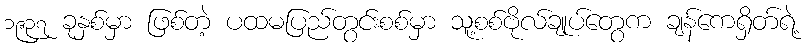
၁၉၃၇ ခုနှစ်မှာ ဖြစ်တဲ့ ပထမပြည်တွင်းစစ်မှာ သူ့စစ်ဗိုလ်ချုပ်တွေက ချန်ကေရှိတ်ရဲ့